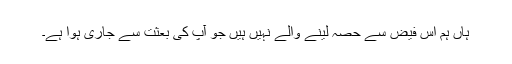
ہاں ہم اُس فیض سے حصہ لینے والے نہیں ہیں جو آپ کی بعثت سے جاری ہوا ہے۔